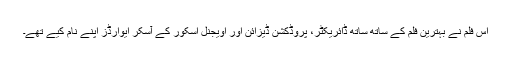
اس فلم نے بہترین فلم کے ساتھ ساتھ ڈائریکٹر، پروڈکشن ڈیزائن اور اویجنل اسکور کے آسکر ایوارڈز اپنے نام کیے تھے۔